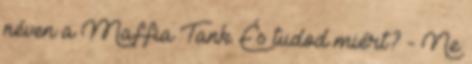
néven a Maffia Tank. És tudod miért? - Ne